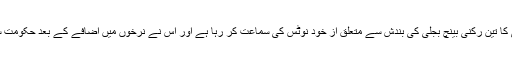
چیف جسٹس افتخار محمد چودھری کی سربراہی میں قائم عدالتِ عظمیٰ کا تین رکنی بینچ بجلی کی بندش سے متعلق از خود نوٹس کی سماعت کر رہا ہے اور اس نے نرخوں میں اضافے کے بعد حکومت سے وضاحت طلب کی کہ آیا نئے نرخوں کا تعین نیپرا نے کیا یا نہیں۔